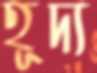
হূদ্য